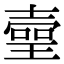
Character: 𤨻